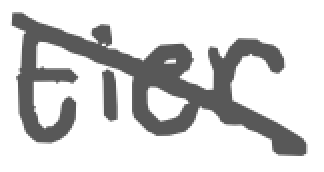
Text: tier
Cross-out: diagonal
Writing tool: digital_gray